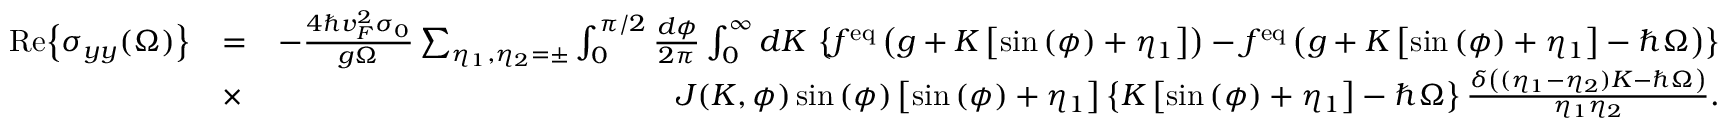
\begin{array} { r l r } { \mathrm { R e } { \left\{ \sigma _ { y y } ( \Omega ) \right\} } } & { = } & { - \frac { 4 \hbar v _ { F } ^ { 2 } \sigma _ { 0 } } { g \Omega } \sum _ { \eta _ { 1 } , \eta _ { 2 } = \pm } \int _ { 0 } ^ { \pi / 2 } \frac { d \phi } { 2 \pi } \int _ { 0 } ^ { \infty } d K \, \left\{ f ^ { \mathrm { e q } } \left( g + K \left[ \sin { ( \phi ) } + \eta _ { 1 } \right] \right) - f ^ { \mathrm { e q } } \left( g + K \left[ \sin { ( \phi ) } + \eta _ { 1 } \right] - \hbar \Omega \right) \right\} } \\ & { \times } & { J ( K , \phi ) \sin { ( \phi ) } \left[ \sin { ( \phi ) } + \eta _ { 1 } \right] \left\{ K \left[ \sin { ( \phi ) } + \eta _ { 1 } \right] - \hbar \Omega \right\} \frac { \delta \left( ( \eta _ { 1 } - \eta _ { 2 } ) K - \hbar \Omega \right) } { \eta _ { 1 } \eta _ { 2 } } . } \end{array}